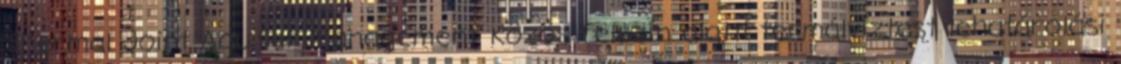
Thermal Joint Aquifer Management Közös felszín alatti termálvíztest lehatárolási